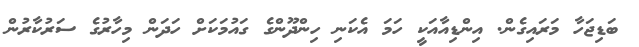
ބަޑިޖަހާ މަރައިގެން. އިންޑިއާއަކީ ހަމަ އެކަނި ހިންދޫންގެ ގައުމަކަށް ހަދަން މިހާރުގެ ސަރުކާރުން